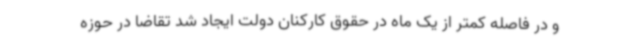
و در فاصله کمتر از یک ماه در حقوق کارکنان دولت ایجاد شد تقاضا در حوزه